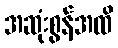
အဆုံးစွန်အထိ